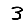
Digit: 3